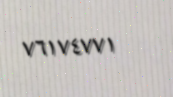
٧٦١٧٤٧٧١